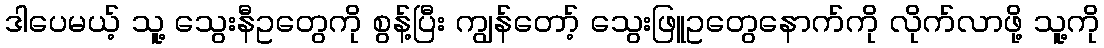
ဒါပေမယ့် သူ့ သွေးနီဥတွေကို စွန့်ပြီး ကျွန်တော့် သွေးဖြူဥတွေနောက်ကို လိုက်လာဖို့ သူ့ကို